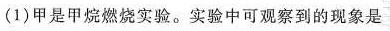
(1)甲是甲烷燃烧实验。实验中可观察到的现象是